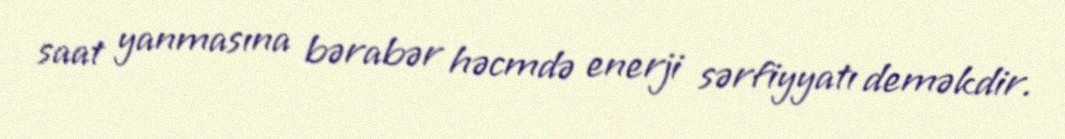
saat yanmasına bərabər həcmdə enerji sərfiyyatı deməkdir.